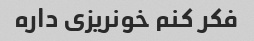
فکر کنم خونریزی داره